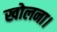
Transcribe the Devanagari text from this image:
खोलना।